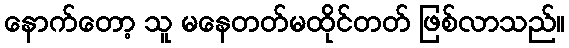
နောက်တော့ သူ မနေတတ်မထိုင်တတ် ဖြစ်လာသည်။